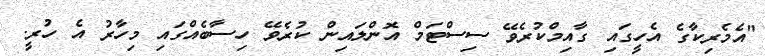
"އެމެރިކާގެ އެހީގައި ގާއިމްކުރެވޭ ސިސްޓަމް އޮންލައިން ކުރެވޭ ހިސާބެއްގައި މިހާރު އެ ހުރީ.